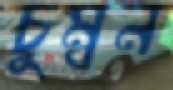
চুম্বন